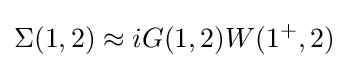
\Sigma (1,2)\approx iG(1,2)W(1^{+},2)